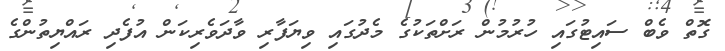
ގޮތް ވެބް ސައިޓުގައި ހުރުމުން ރަށްތަކުގެ މެދުގައި ވިޔަފާރި ވާދަވެރިކަން އުފެދި ރައްޔިތުންގެ